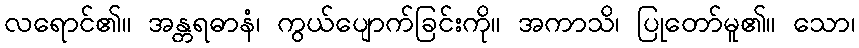
လရောင်၏။ အန္တရဓာနံ၊ ကွယ်ပျောက်ခြင်းကို။ အကာသိ၊ ပြုတော်မူ၏။ သော၊